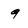
Character: 9